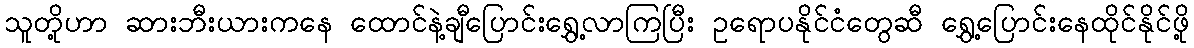
သူတို့ဟာ ဆားဘီးယားကနေ ထောင်နဲ့ချီပြောင်းရွှေ့လာကြပြီး ဥရောပနိုင်ငံတွေဆီ ရွှေ့ပြောင်းနေထိုင်နိုင်ဖို့